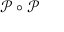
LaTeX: { \mathcal { P } } \circ { \mathcal { P } }